Annual administration report of the Civil Veterinary Department, Sind - 1941-1942
Year: 1941
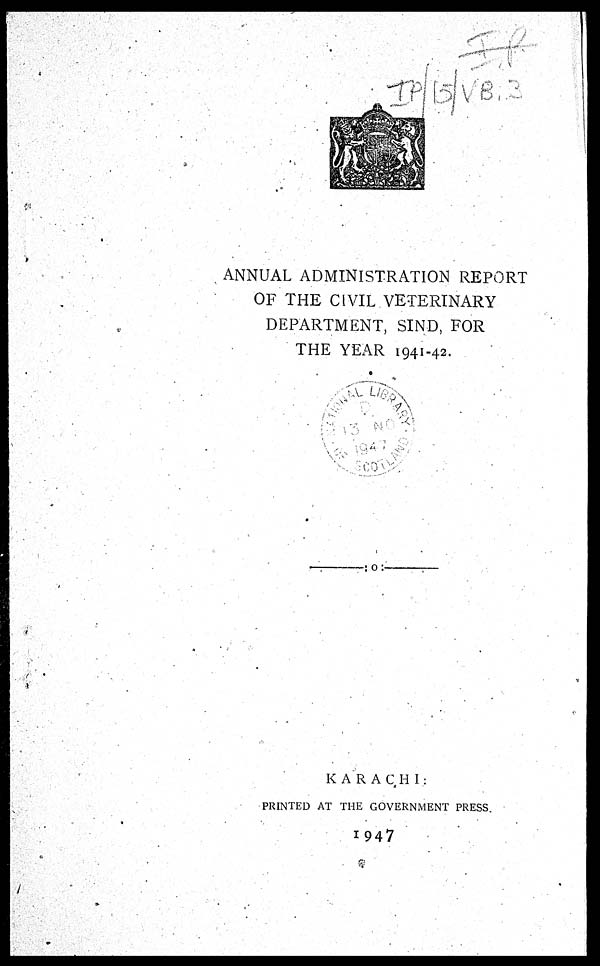
ANNUAL ADMINISTRATION REPORT
OF THE CIVIL VETERINARY
DEPARTMENT, SIND, FOR
THE YEAR 1941-42.
KARACHI:
PRINTED AT THE GOVERNMENT PRESS
1947